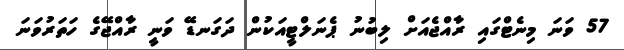
57 ވަނަ މިނެޓްގައި ރާއްޖެއަށް ލިބުނު ޕެނަލްޓީއަކުން ދަގަނޑޭ ވަނީ ރާއްޖޭގެ ހަތަރުވަނަ